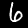
Label: 6